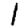
Digit: 1